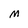
Character: M